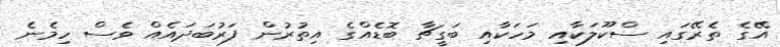
އޭގެ ތެރޭގައި ސްކޫލަކާއި މަހަކާއި ބަގީޗާ ބޮޑެއްގެ އިތުރުން ފަރުބަދައެއް ވެސް ހިމެނެ